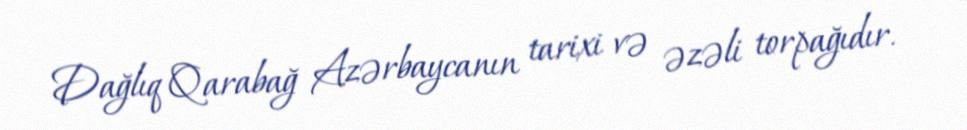
Dağlıq Qarabağ Azərbaycanın tarixi və əzəli torpağıdır.